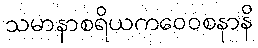
သမာနာစရိယကဝေဝစနာနိ